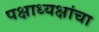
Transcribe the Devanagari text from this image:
पक्षाध्यक्षांचा